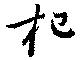
杞